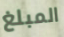
المبلغ